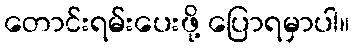
တောင်းရမ်းပေးဖို့ ပြောရမှာပါ။